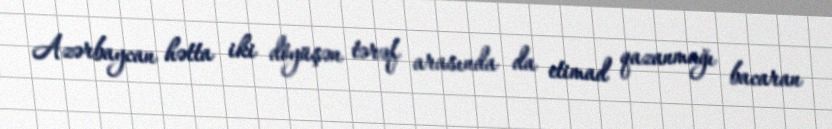
Azərbaycan hətta iki döyüşən tərəf arasında da etimad qazanmağı bacaran